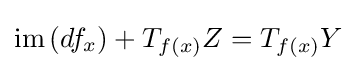
\operatorname {im} \left(df_{x}\right)+T_{f\left(x\right)}Z=T_{f\left(x\right)}Y